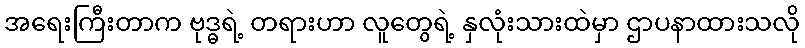
အရေးကြီးတာက ဗုဒ္ဓရဲ့ တရားဟာ လူတွေရဲ့ နှလုံးသားထဲမှာ ဌာပနာထားသလို